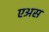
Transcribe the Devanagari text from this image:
एअस